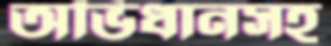
অভিধানসহ